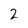
Character: 2